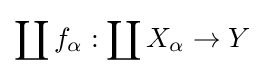
\coprod f_{\alpha }:\coprod X_{\alpha }\to Y